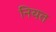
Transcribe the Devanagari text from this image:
नियत